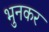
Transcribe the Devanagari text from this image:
भुनकर